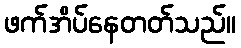
ဖက်အိပ်နေတတ်သည်။